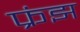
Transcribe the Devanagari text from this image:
फ्रंझ